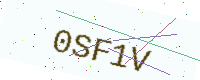
Text: 0SF1V